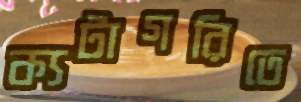
ক্যটাগরিতে